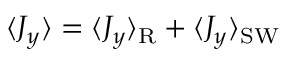
\langle J _ { y } \rangle = \langle J _ { y } \rangle _ { \mathrm { R } } + \langle J _ { y } \rangle _ { \mathrm { S W } }